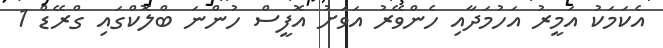
އެކަމަކު އަމީރު އަހުމަދާއި ހެންވޭރު އަވަށު އޮފީސް ހުންނަ ބްލޮކްގައި ގްރޭޑް 1